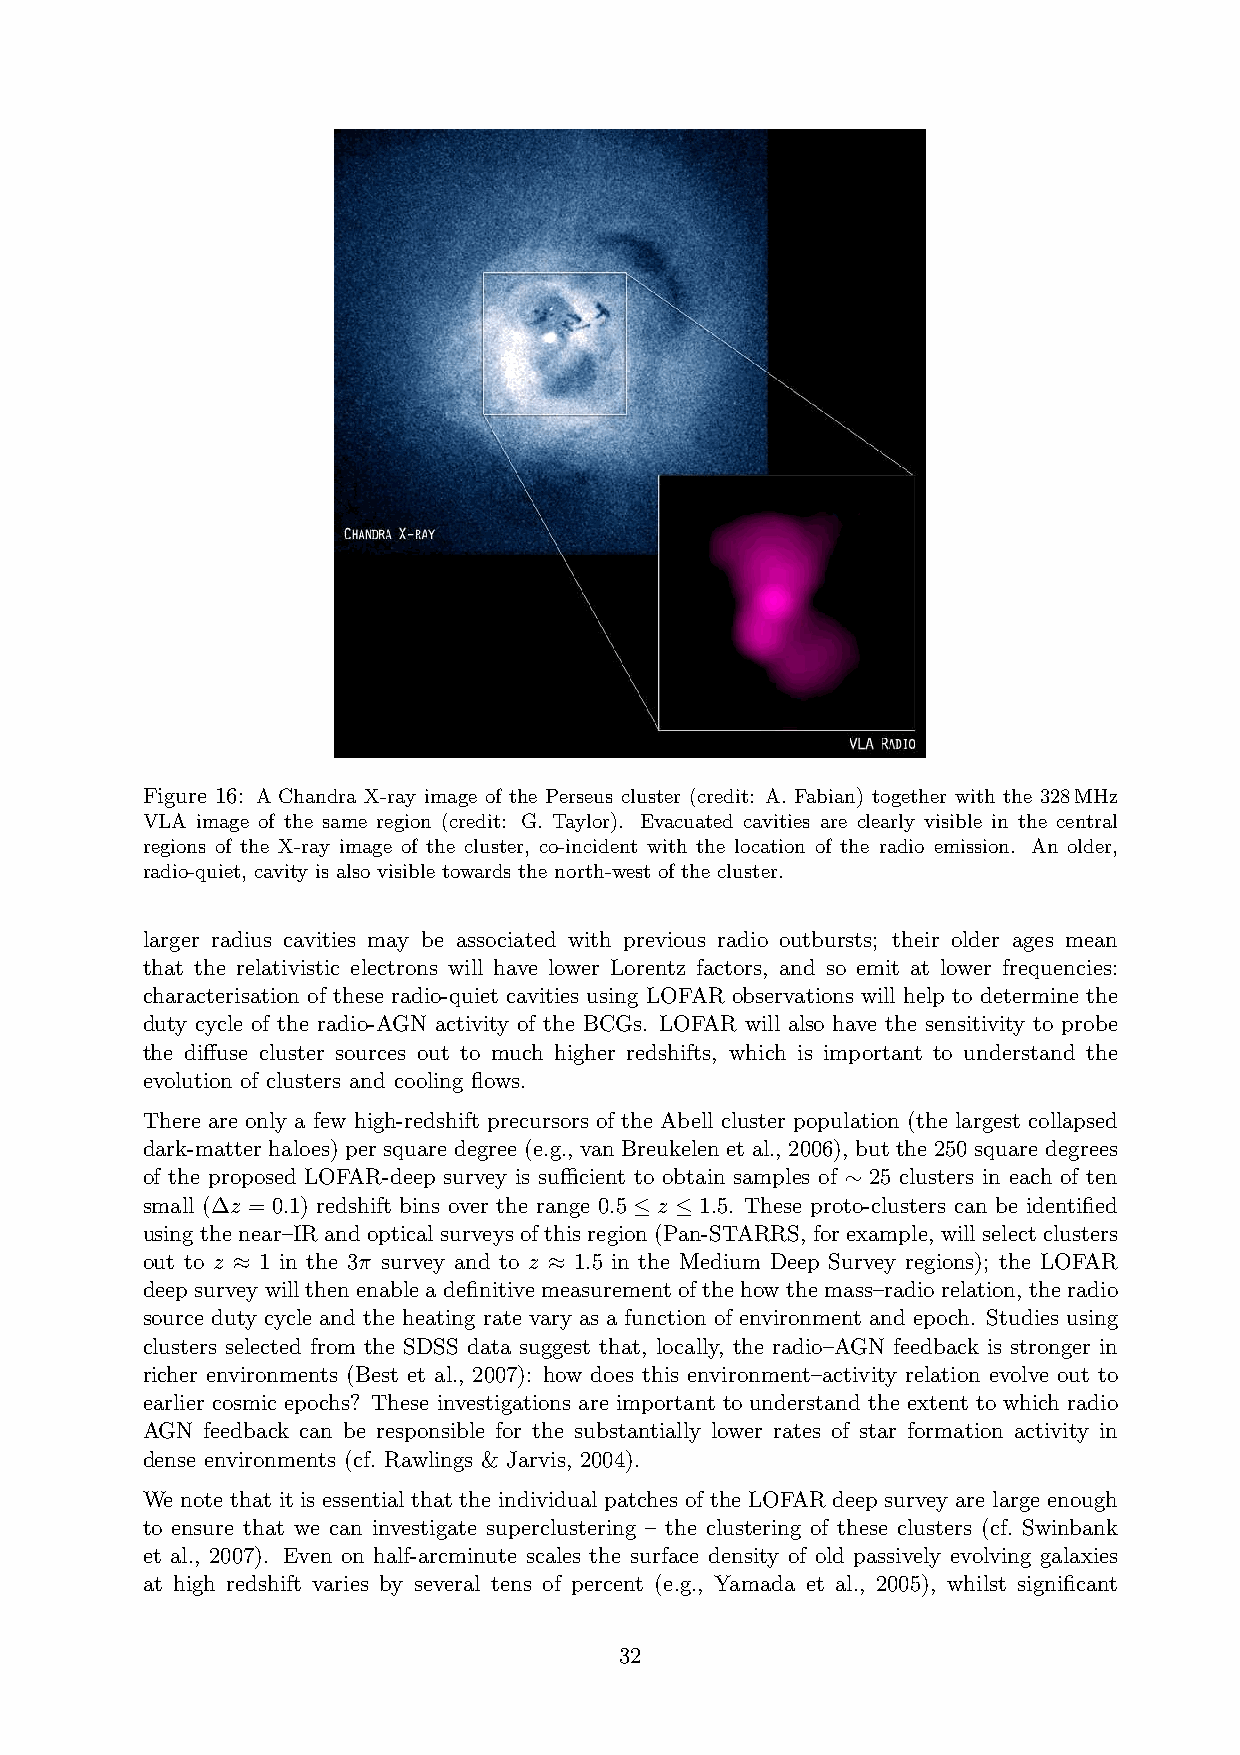
Figure 16: A Chandra X-ray image of the Perseus cluster (credit: A. Fabian) together with the 328MHz
 VLA image of the same region (credit: G. Taylor). Evacuated cavities are clearly visible in the central
 regions of the X-ray image of the cluster, co-incident with the location of the radio emission. An older,
 radio-quiet, cavity is also visible towards the north-west of the cluster.
 larger radius cavities may be associated with previous radio outbursts; their older ages mean
 that the relativistic electrons will have lower Lorentz factors, and so emit at lower frequencies:
 characterisation of these radio-quiet cavities using LOFAR observations will help to determine the
 duty cycle of the radio-AGN activity of the BCGs. LOFAR will also have the sensitivity to probe
 the diffuse cluster sources out to much higher redshifts, which is important to understand the
 evolution of clusters and cooling flows.
 There are only a few high-redshift precursors of the Abell cluster population (the largest collapsed
 dark-matter haloes) per square degree (e.g., van Breukelen et al., 2006), but the 250 square degrees
 of the proposed LOFAR-deep survey is sufficient to obtain samples of 25 clusters in each of ten
 ∼
 small (∆z = 0.1) redshift bins over the range 0.5 z 1.5. These proto-clusters can be identified
 ≤  ≤
 using the near–IR and optical surveys of this region (Pan-STARRS, for example, will select clusters
 out to z 1 in the 3π survey and to z 1.5 in the Medium Deep Survey regions); the LOFAR
 ≈                    ≈
 deep surveywill then enable a definitive measurement of the how the mass–radio relation, the radio
 source duty cycle and the heating rate vary as a function of environment and epoch. Studies using
 clusters selected from the SDSS data suggest that, locally, the radio–AGN feedback is stronger in
 richer environments (Best et al., 2007): how does this environment–activity relation evolve out to
 earlier cosmic epochs? These investigations are important to understand the extent to which radio
 AGN feedback can be responsible for the substantially lower rates of star formation activity in
 dense environments (cf. Rawlings & Jarvis, 2004).
 We note that it is essential that the individual patches of the LOFAR deep survey are large enough
 to ensure that we can investigate superclustering – the clustering of these clusters (cf. Swinbank
 et al., 2007). Even on half-arcminute scales the surface density of old passively evolving galaxies
 at high redshift varies by several tens of percent (e.g., Yamada et al., 2005), whilst significant
 32